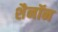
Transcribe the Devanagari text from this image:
शैनॉन